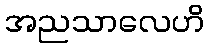
အညသာလေဟိ